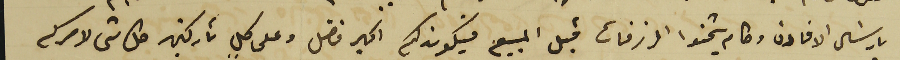
بارسَال الافادة وكام يتخمنوا الرزقات قبل المبيع فيكون كم اكبر فضل وعلى كل تاركين كل شى لامركم